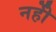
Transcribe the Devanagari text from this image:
नहीें